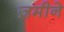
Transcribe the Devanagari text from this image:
ज़मीने